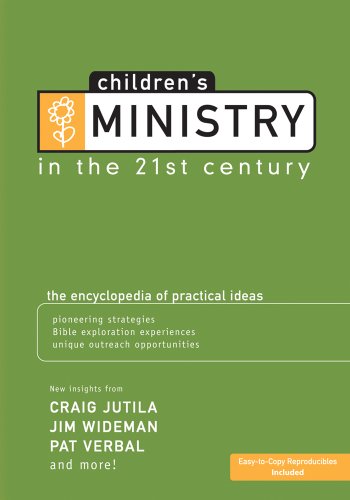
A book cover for Children's Ministry in the 21st Century: The Encyclopedia of Practical Ideas; Reference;